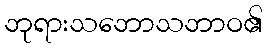
ဘုရားသဘောသဘာဝ၏